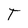
Character: T